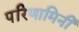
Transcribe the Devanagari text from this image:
परिणामिनी